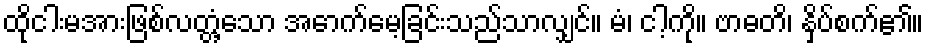
ထိုငါးမအားဖြစ်လတ္တံ့သော အောက်မေ့ခြင်းသည်သာလျှင်။ မံ၊ ငါ့ကို။ ဗာဓတိ၊ နှိပ်စက်၏။